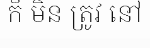
ក៏ មិន ត្រូវ នៅ